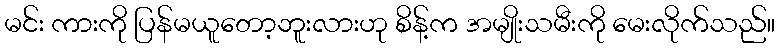
မင်း ကားကို ပြန်မယူတော့ဘူးလားဟု စိန့်က အမျိုးသမီးကို မေးလိုက်သည်။